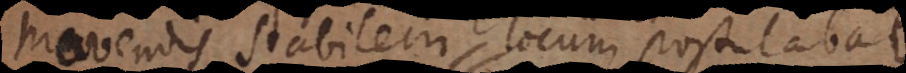
movendis stabilem locum postulabat